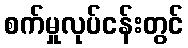
စက်မှုလုပ်ငန်းတွင်